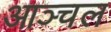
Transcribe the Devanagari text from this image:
आञ्चल